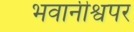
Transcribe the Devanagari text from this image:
भवानीश्वपर